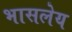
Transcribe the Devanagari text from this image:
भासलेय